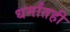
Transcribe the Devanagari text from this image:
धर्मांतही